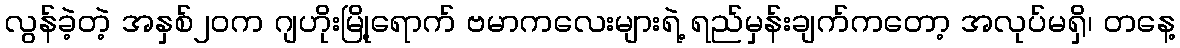
လွန်ခဲ့တဲ့ အနှစ်၂၀က ဂျဟိုးမြို့ရောက် ဗမာကလေးများရဲ့ ရည်မှန်းချက်ကတော့ အလုပ်မရှိ၊ တနေ့